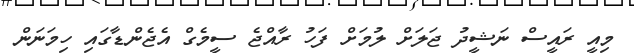
މިއީ ރައީސް ނަޝީދު ޖަލަށް ލުމަށް ފަހު ރާއްޖެ ސީމެގް އެޖެންޑާގައި ހިމަނަން